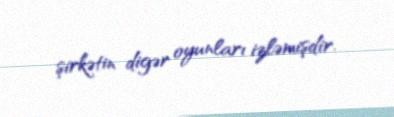
şirkətin digər oyunları izləmişdir.